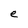
Character: e